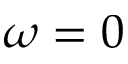
\omega = 0